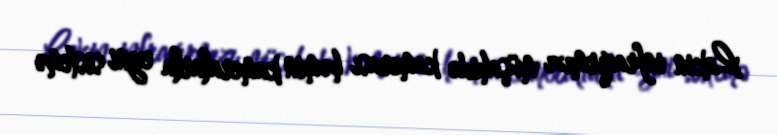
Lakin infraqırmızı müşahidə kamerası həmin kameralarla eyni sistemə